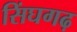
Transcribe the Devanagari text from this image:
सिंघगढ़